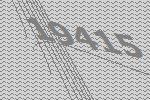
19415